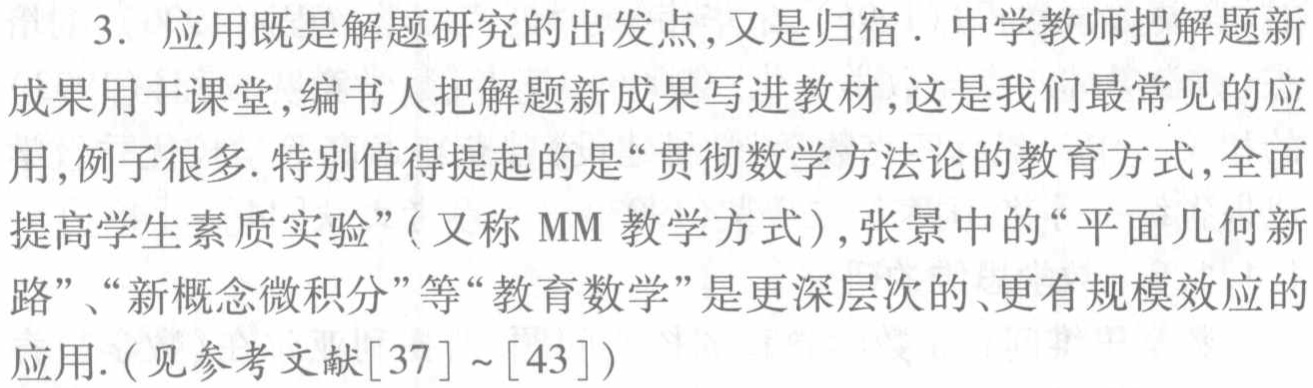
3. 应用既是解题研究的出发点,又是归宿. 中学教师把解题新成果用于课堂,编书人把解题新成果写进教材,这是我们最常见的应用,例子很多.特别值得提起的是“贯彻数学方法论的教育方式,全面提高学生素质实验”(又称 MM 教学方式),张景中的“平面几何新路”、“新概念微积分”等“教育数学”是更深层次的、更有规模效应的应用.(见参考文献[37]~[43])